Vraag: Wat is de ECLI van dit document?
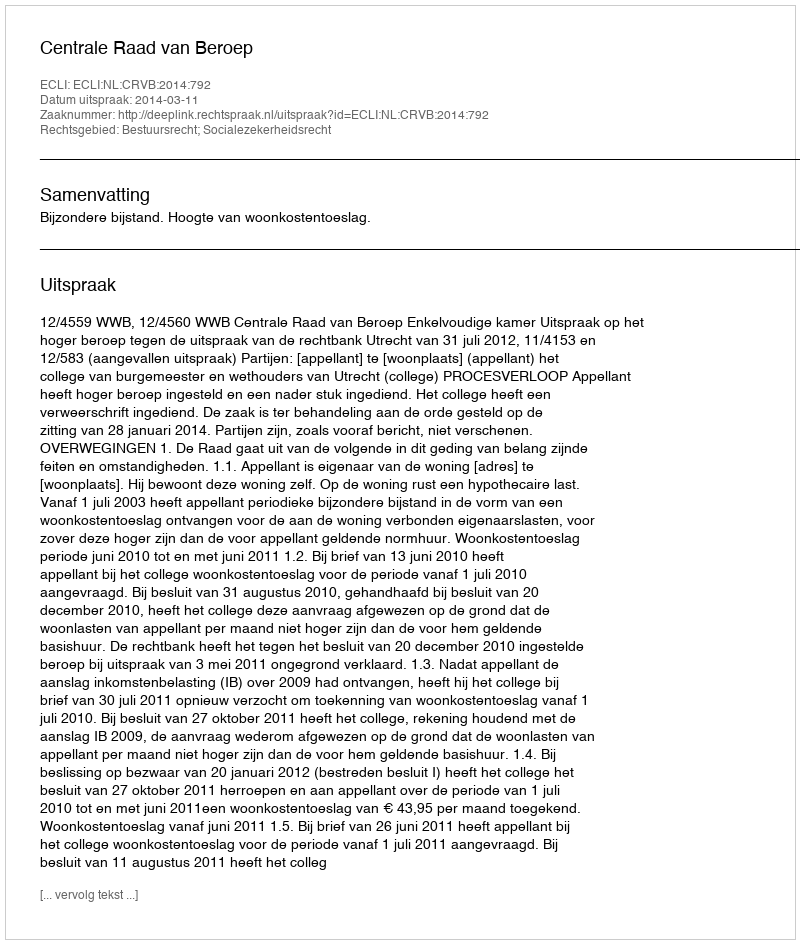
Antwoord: ECLI:NL:CRVB:2014:792